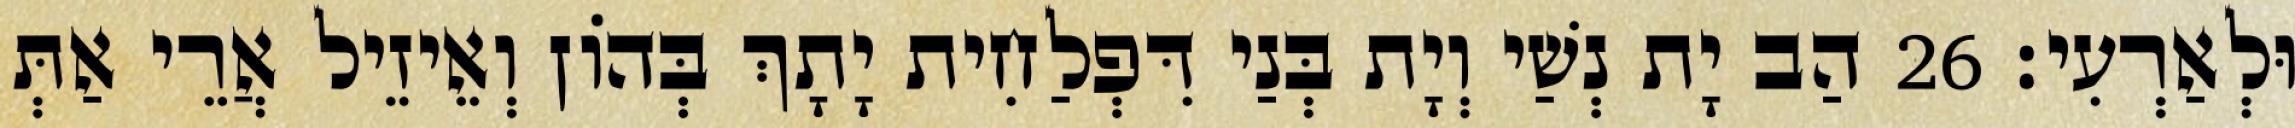
וּלְאַרְעִי׃ 26 הַב יָת נְשַׁי וְיָת בְּנַי דִּפְלַחִית יָתָךְ בְּהוֹן וְאֵיזֵיל אֲרֵי אַתְּ